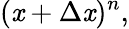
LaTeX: (\mathit{x}+\Delta\mathit{x})^{n},